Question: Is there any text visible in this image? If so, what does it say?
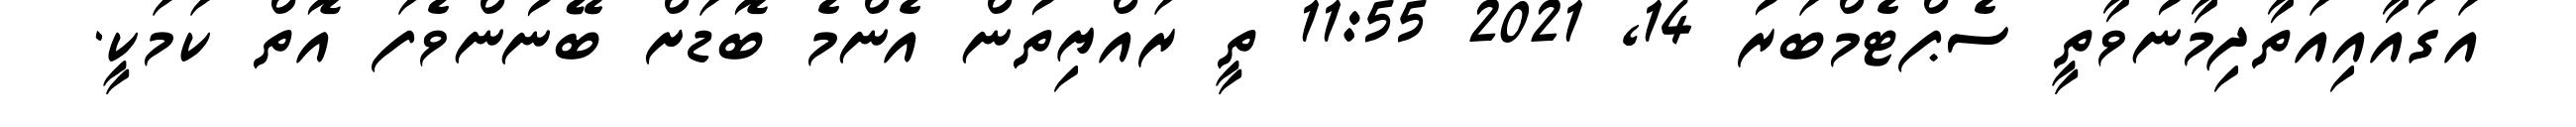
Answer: އަގައާއިއަތާދިމާނުވާތީ ސެޕްޓެމްބަރު 14, 2021 11:55 ތީ ރައްޔިތުން އެންމެ ބޮޑަށް ބޭނުންވެފަ އޮތް ކަމަކީ.